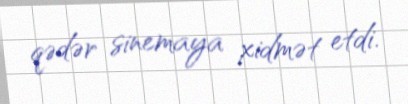
qədər sinemaya xidmət etdi.